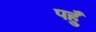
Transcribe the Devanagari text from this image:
पहुँ